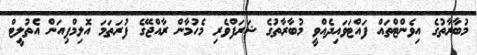
މުބާރާތުގެ އިވެންޓްތައް ފައްޓަވައިދެއްވީ މުބާރާތުގެ ޝަރަފްވެރި މެހުމާން ރާއްޖޭގެ ފުރަތަމަ އޮލިމްޕިއަން އެތުލީޓް